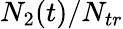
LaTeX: N_{2}(t)/N_{tr}